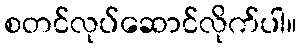
စတင်လုပ်ဆောင်လိုက်ပါ။